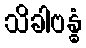
သိခါဗန္ဓံ